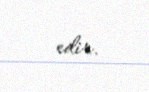
edir.